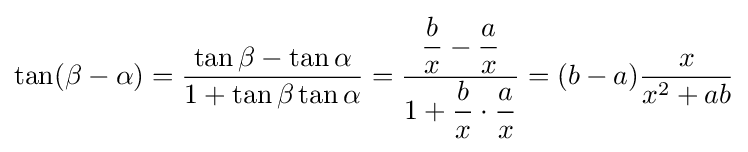
\tan(\beta -\alpha )={\frac {\tan \beta -\tan \alpha }{1+\tan \beta \tan \alpha }}={\frac {{\dfrac {b}{x}}-{\dfrac {a}{x}}}{1+{\dfrac {b}{x}}\cdot {\dfrac {a}{x}}}}=(b-a){\frac {x}{x^{2}+ab}}